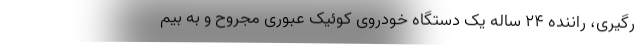
رگیری، راننده ۲۴ ساله یک دستگاه خودروی کوئیک عبوری مجروح و به بیم